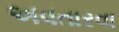
અવતારવા